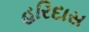
હરિદાસ